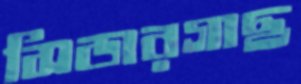
সিডারগাছ